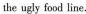
he ugly food line.